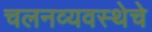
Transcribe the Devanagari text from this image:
चलनव्यवस्थेचे